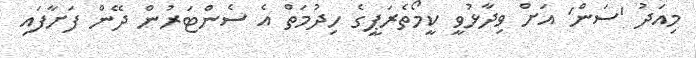
މިއަދު 'ސަން' އަށް ވިދާޅުވީ ކީމޯތެރަޕީގެ ހިދުމަތް އެ ސެންޓަރުން ދޭން ފަށާފައި